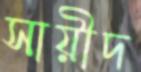
সায়ীদ